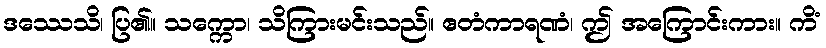
ဒဿေသိ၊ ပြ၏။ သက္ကော၊ သိကြားမင်းသည်။ ဧတံကာရဏံ၊ ဤ အကြောင်းကား။ ကိံ